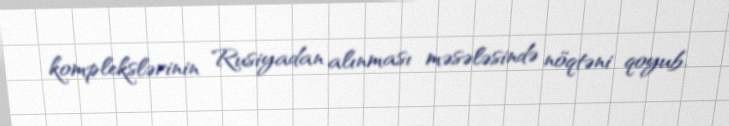
komplekslərinin Rusiyadan alınması məsələsində nöqtəni qoyub.